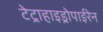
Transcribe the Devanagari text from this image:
टेट्राहाइड्रोपाईरेन